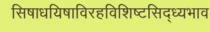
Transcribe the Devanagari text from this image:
सिषाधयिषाविरहविशिष्टसिद्ध्यभाव